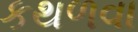
કથળવા